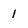
Character: l